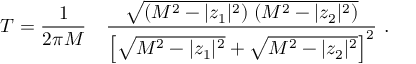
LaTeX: T = { \frac { 1 } { 2 \pi M } } \quad { \frac { \sqrt { ( M ^ { 2 } - | z _ { 1 } | ^ { 2 } ) \; ( M ^ { 2 } - | z _ { 2 } | ^ { 2 } ) } } { \left[ \sqrt { M ^ { 2 } - | z _ { 1 } | ^ { 2 } } + \sqrt { M ^ { 2 } - | z _ { 2 } | ^ { 2 } } \right] ^ { 2 } } } \ .